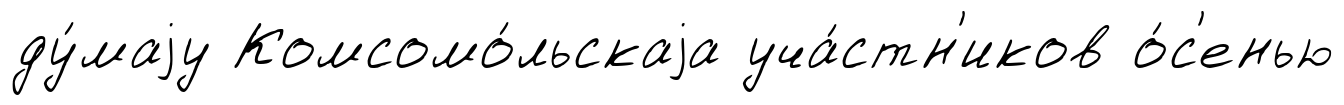
ду́маjу Комсомо́льскаjа уча́стн'иков о́с'енью